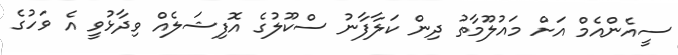
ސީއެންއެމް އަށް މައުލޫމާތު ދިން ކަލާފާނު ސްކޫލުގެ އޮފިޝަލެއް ވިދާޅުވީ އެ ވަހުގެ